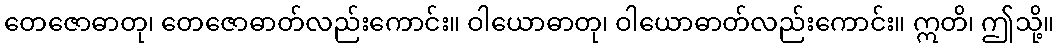
တေဇောဓာတု၊ တေဇောဓာတ်လည်းကောင်း။ ဝါယောဓာတု၊ ဝါယောဓာတ်လည်းကောင်း။ ဣတိ၊ ဤသို့။